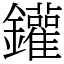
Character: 鑵